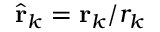
\hat { \mathbf { r } } _ { k } = \mathbf { r } _ { k } / r _ { k }